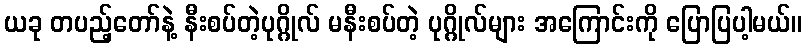
ယခု တပည့်တော်နဲ့ နီးစပ်တဲ့ပုဂ္ဂိုလ် မနီးစပ်တဲ့ ပုဂ္ဂိုလ်များ အကြောင်းကို ပြောပြပါ့မယ်။